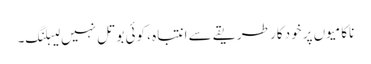
ناکامیوں پر خود کار طریقے سے انتباہ ، کوئی بوتل نہیں لیبلنگ۔